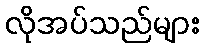
လိုအပ်သည်များ